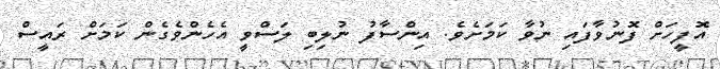
އޮފީހަށް ފޮނުވާފައި ނުވާ ކަމަށެވެ. އިންސާފު ނުލިބި ލަސްވީ އެހެންވެގެން ކަމަށް ރައީސް